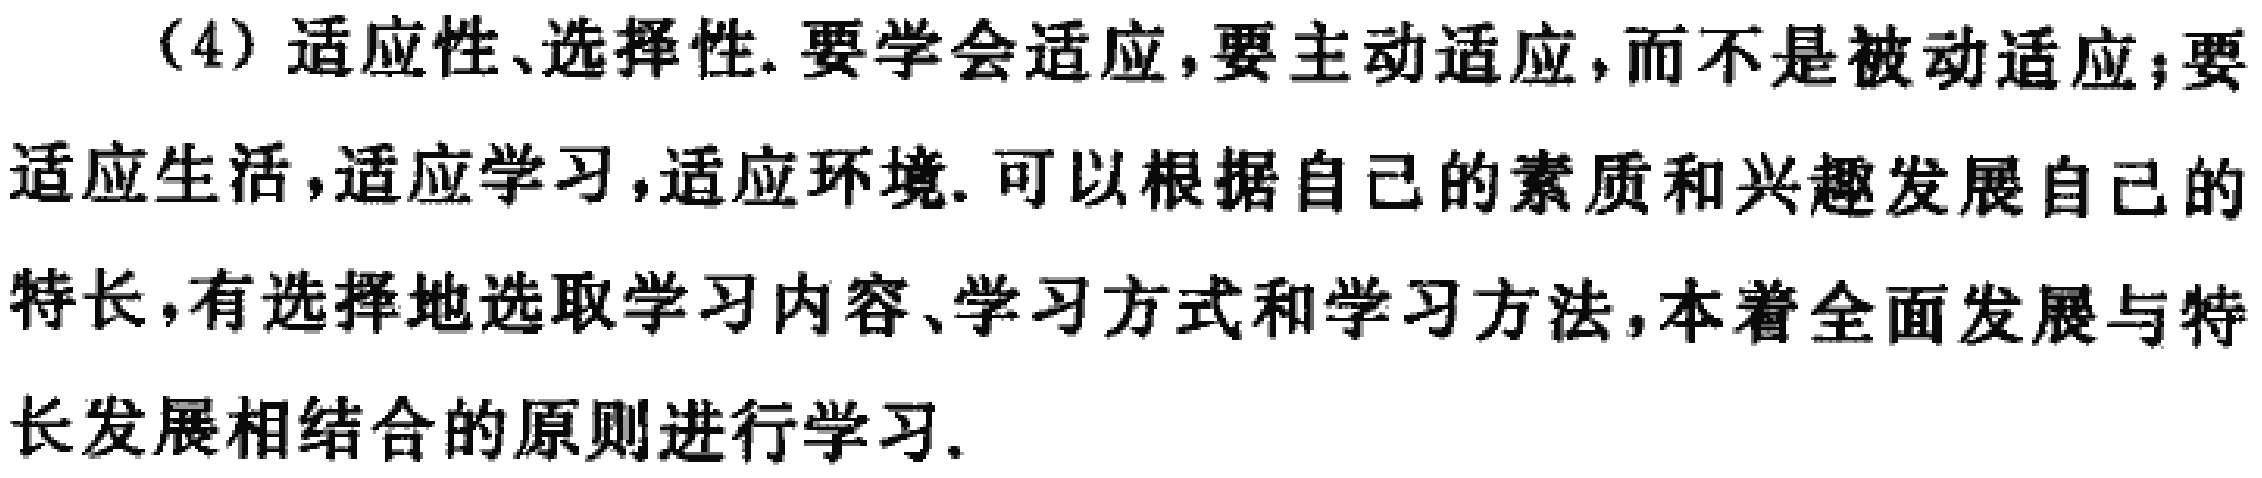
(4) 适应性、选择性. 要学会适应, 要主动适应, 而不是被动适应; 要适应生活, 适应学习, 适应环境. 可以根据自己的素质和兴趣发展自己的特长, 有选择地选取学习内容、学习方式和学习方法, 本着全面发展与特长发展相结合的原则进行学习.